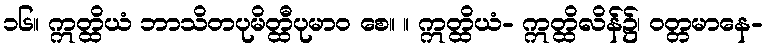
၁၆။ ဣတ္ထိယံ ဘာသိတပုမိတ္ထီပုမာဝ စေ။ ။ ဣတ္ထိယံ- ဣတ္ထိလိန်၌၊ ဝတ္တမာနေ-